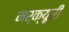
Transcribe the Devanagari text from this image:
मर्क्यूरी